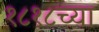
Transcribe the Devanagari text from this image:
१८१८च्या